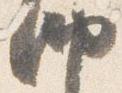
納